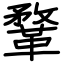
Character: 鞪